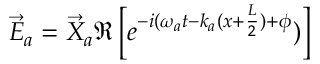
\vec { E } _ { a } = \vec { X } _ { a } \Re \left[ e ^ { - i ( \omega _ { a } t - k _ { a } ( x + \frac { L } { 2 } ) + \phi } ) \right]